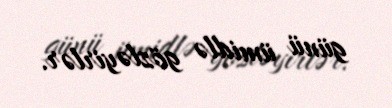
günü ümidlə gözləyirlər.